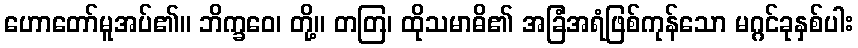
ဟောတော်မူအပ်၏။ ဘိက္ခဝေ၊ တို့။ တတြ၊ ထိုသမာဓိ၏ အခြံအရံဖြစ်ကုန်သော မဂ္ဂင်ခုနှစ်ပါး